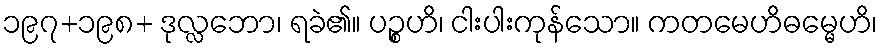
၁၉၇+၁၉၈+ ဒုလ္လဘော၊ ရခဲ၏။ ပဉ္စဟိ၊ ငါးပါးကုန်သော။ ကတမေဟိဓမ္မေဟိ၊